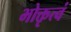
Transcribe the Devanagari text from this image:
भोक्तृत्वं